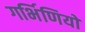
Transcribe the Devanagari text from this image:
गर्भिणियों